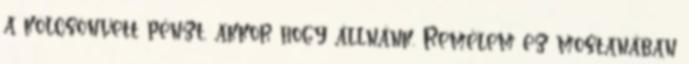
a kölcsönvett pénzt, akkor hogy állnánk. Remélem ez mostanában